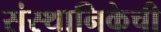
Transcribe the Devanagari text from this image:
संस्थानिकेची